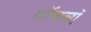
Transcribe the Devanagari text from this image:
पाॅचवाॅ